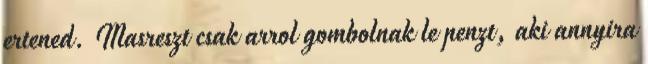
ertened. Masreszt csak arrol gombolnak le penzt, aki annyira